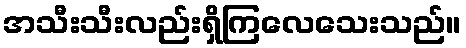
အသီးသီးလည်းရှိကြလေသေးသည်။